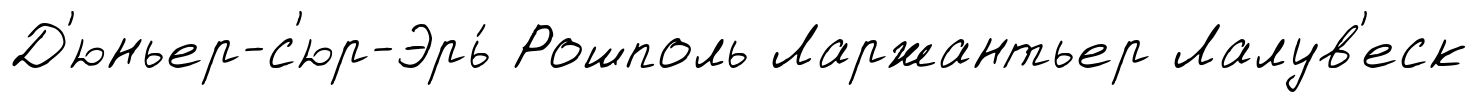
Д'юньер-с'юр-Эрь́ Рошполь Ларжантьер Лалув'еск